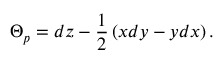
\Theta _ { p } = d z - { \frac { 1 } { 2 } } \left( x d y - y d x \right) .